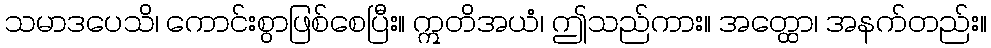
သမာဒပေသိ၊ ကောင်းစွာဖြစ်စေပြီး။ ဣတိအယံ၊ ဤသည်ကား။ အတ္ထော၊ အနက်တည်း။